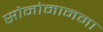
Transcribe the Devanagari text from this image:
सोनोमानमा